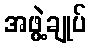
အဖွဲ့ချုပ်